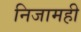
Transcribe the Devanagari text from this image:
निजामही